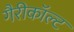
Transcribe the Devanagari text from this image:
गैरीकॉल्ट